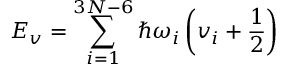
E _ { v } = \sum _ { i = 1 } ^ { 3 N - 6 } \hbar \omega _ { i } \left( v _ { i } + \frac { 1 } { 2 } \right)